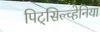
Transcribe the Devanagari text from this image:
पिट्‌सिल्व्हेनिया